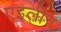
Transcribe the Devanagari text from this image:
एइलीन